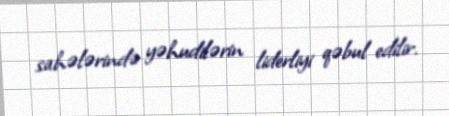
sahələrində yəhudilərin liderliyi qəbul edilir.